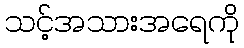
သင့်အသားအရေကို